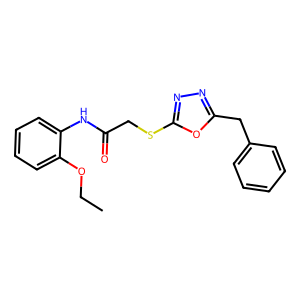
SMILES: CCOc1ccccc1NC(=O)CSc1nnc(Cc2ccccc2)o1
Inhibits HIV replication: No